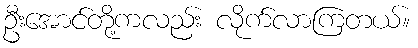
ဦးအောင်တို့ကလည်း လိုက်လာကြတယ်။